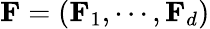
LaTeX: \mathbf{F}=(\mathbf{F}_{1},\cdots,\mathbf{F}_{d})